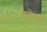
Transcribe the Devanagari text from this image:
वसेक्स